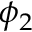
\phi _ { 2 }